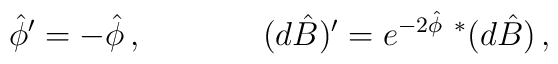
{\hat \phi}^\prime = -{\hat\phi}\, ,\hskip 1.5truecm(d\hat B)^\prime = e^{-2\hat\phi}\ {}^*(d\hat B)\, ,